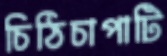
চিঠিচাপাটি